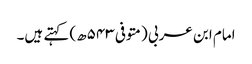
امام ابن عربی (متوفی ۵۴۳ھ) کہتے ہیں۔